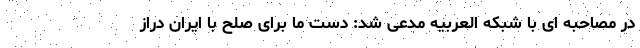
در مصاحبه ای با شبکه العربیه مدعی شد: دست ما برای صلح با ایران دراز